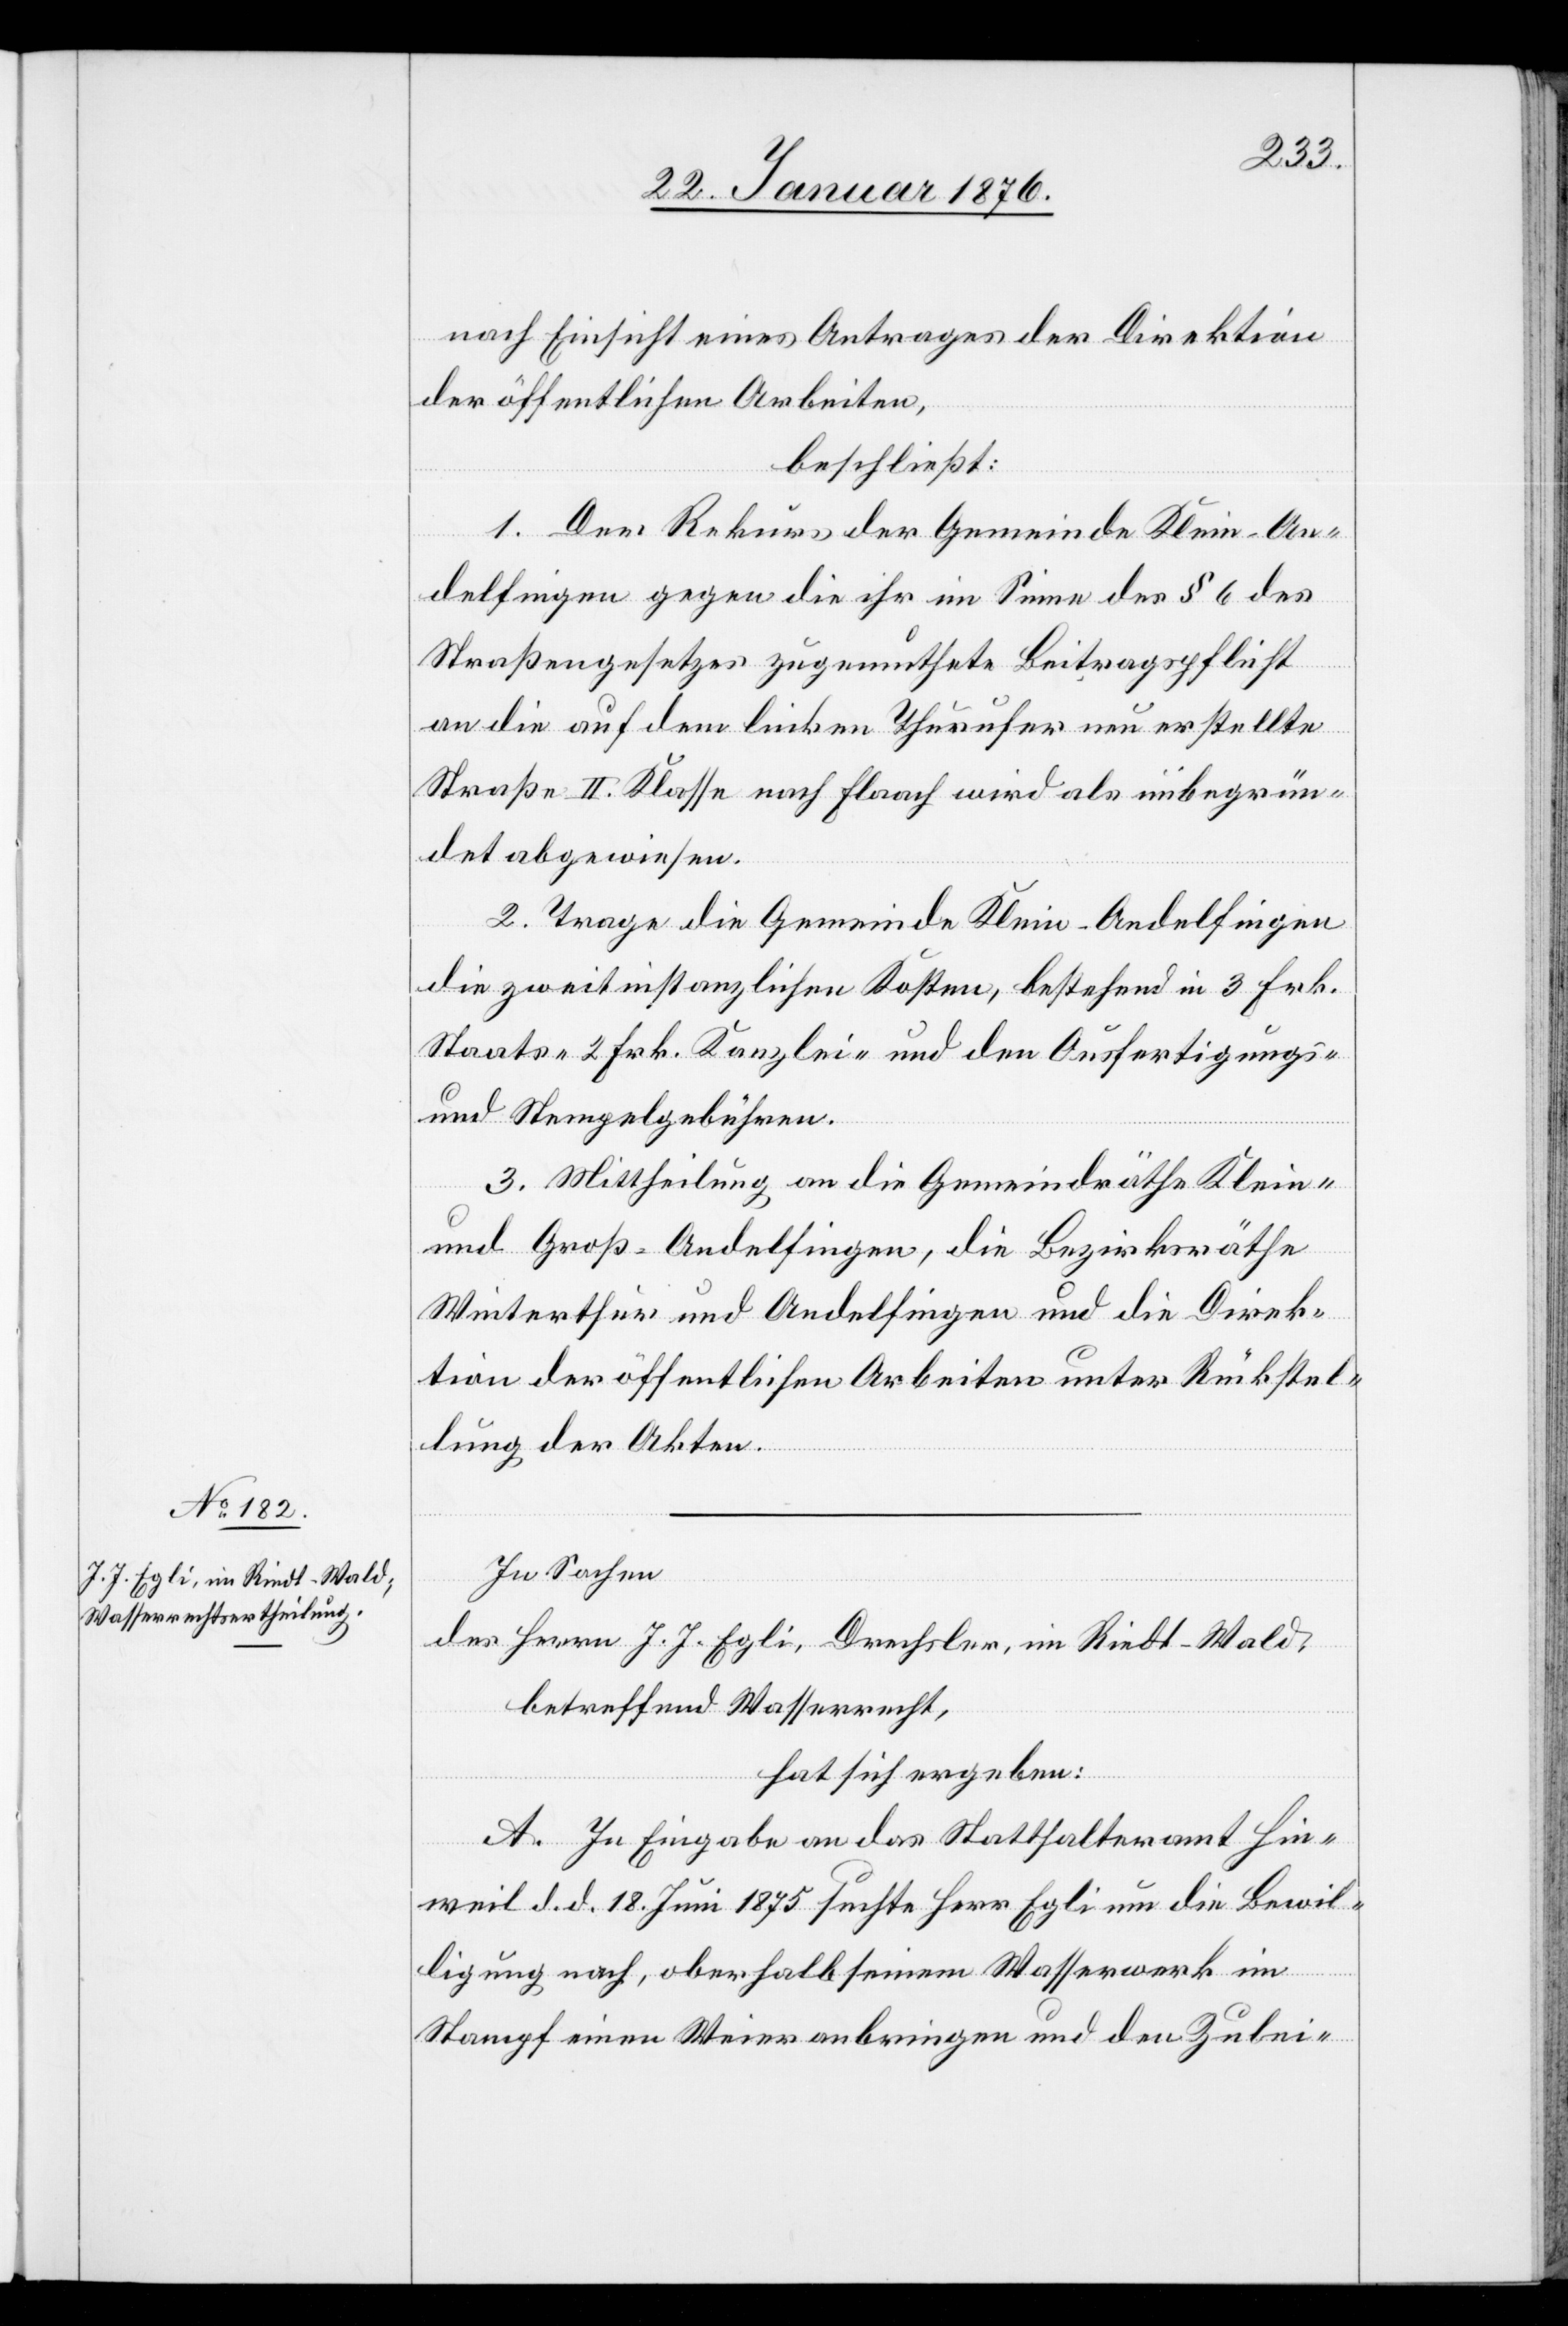
nach Einsicht eines Antrages der Direktion
der öffentlichen Arbeiten,
beschließt:
1. Der Rekurs der Gemeinde Klein-An¬
delfingen gegen die ihr im Sinne des § 6 des
Straßengesetzes zugemuthete Beitragspflicht
an die auf dem linken Thurufer neu erstellte
Straße II. Klasse nach Flaach wird als unbegrün¬
det abgewiesen.
2. Trage die Gemeinde Klein-Andelfingen
die zweitinstanzlichen Kosten, bestehend in 3 Frk.
Staats- 2 Frk. Kanzlei- und den Ausfertigungs-
und Stempelgebühren.
3. Mittheilung an die Gemeindräthe Klein-
und Groß-Andelfingen, die Bezirksräthe
Winterthur und Andelfingen und die Direk¬
tion der öffentlichen Arbeiten unter Rückstel¬
lung der Akten.
In Sachen
des Herrn J. J. Egli, Drechsler, in Riedt-Wald,
betreffend Wasserrecht,
hat sich ergeben:
A. In Eingabe an das Statthalteramt Hin¬
weil d. d. 18. Juni 1875 suchte Herr Egli um die Bewil¬
ligung nach, oberhalb seinem Wasserwerk im
Stampf einen Weier anbringen und den Zulei-